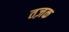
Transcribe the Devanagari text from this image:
तज़क